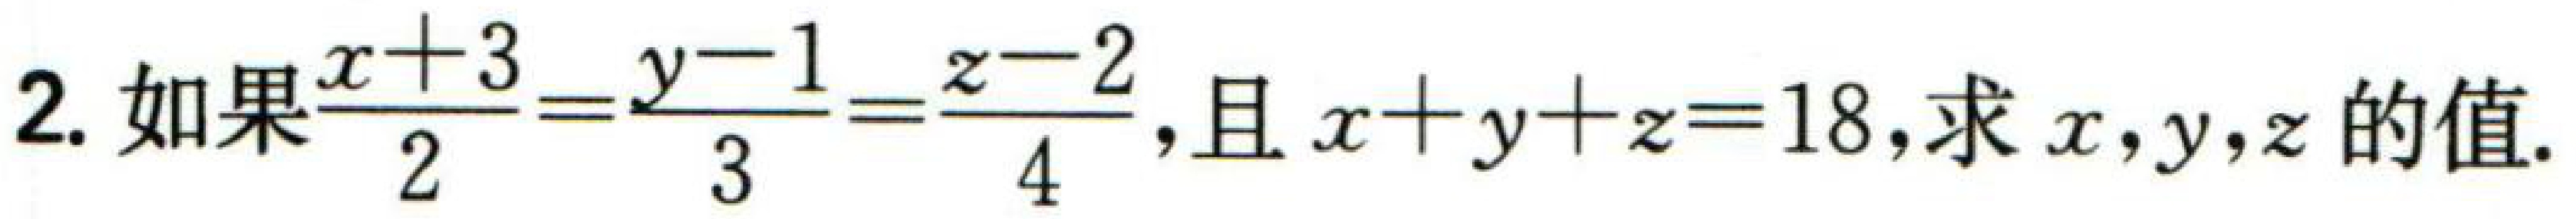
如果$\frac{x + 3}{2}=\frac{y - 1}{3}=\frac{z - 2}{4}$，且$x + y + z = 18$，求$x,y,z$的值.